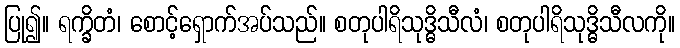
ပြု၍။ ရက္ခိတံ၊ စောင့်ရှောက်အပ်သည်။ စတုပါရိသုဒ္ဓိသီလံ၊ စတုပါရိသုဒ္ဓိသီလကို။